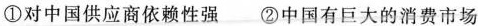
①对中国供应商依赖性强 ②中国有巨大的消费市场